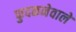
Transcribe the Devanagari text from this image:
फुदकनेवाले